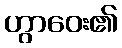
ဟွာဝေး၏